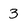
Character: 3